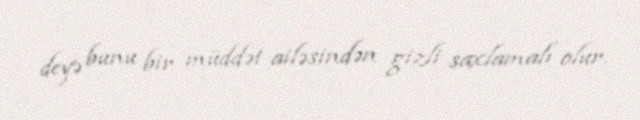
deyə bunu bir müddət ailəsindən gizli saxlamalı olur.